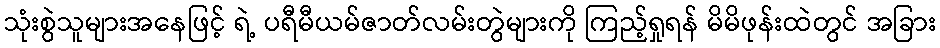
သုံးစွဲသူများအနေဖြင့် ရဲ့ ပရီမီယမ်ဇာတ်လမ်းတွဲများကို ကြည့်ရှုရန် မိမိဖုန်းထဲတွင် အခြား